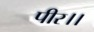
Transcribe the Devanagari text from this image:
पीर।।